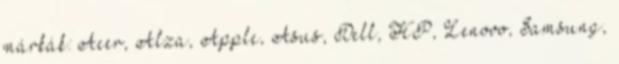
márkák: Acer, Alza, Apple, Asus, Dell, HP, Lenovo, Samsung,